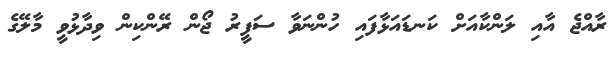
ރާއްޖެ އާއި ލަންކާއަށް ކަނޑައަޅާފައި ހުންނަވާ ސަފީރު ޖޯން ރޭންކިން ވިދާޅުވީ މާލޭގެ